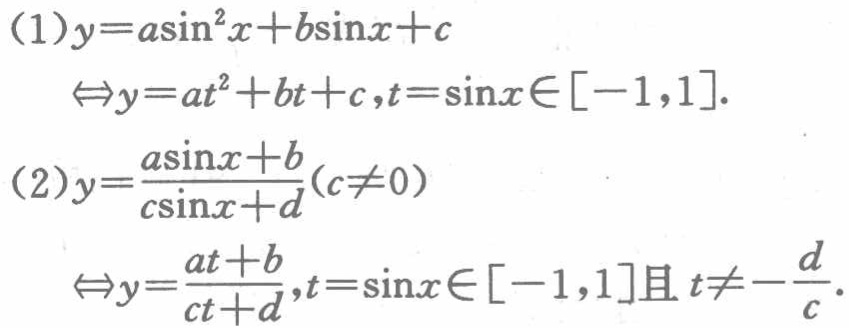
(1)

\[

\begin{align*}

y&=a\sin^{2}x + b\sin x + c\\

&\Leftrightarrow y = at^{2}+bt + c,t=\sin x\in[-1,1].

\end{align*}

\]

(2)

\[

\begin{align*}

y&=\frac{a\sin x + b}{c\sin x + d}(c\neq0)\\

&\Leftrightarrow y=\frac{at + b}{ct + d},t=\sin x\in[-1,1]\text{且}t\neq-\frac{d}{c}.

\end{align*}

\]